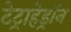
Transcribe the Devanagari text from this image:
टेट्राहेड्रॉन